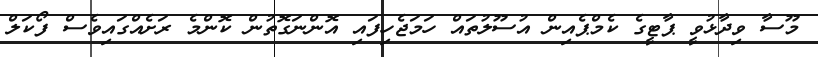
މޫސާ ވިދާޅުވީ ޕާޓީގެ ކެމްޕެއިން އުސޫލުތައް ހަމަޖެހިފައި އޮންނަގޮތުން ކޮންމެ ރަށެއްގައިވެސް ފޯކަލް